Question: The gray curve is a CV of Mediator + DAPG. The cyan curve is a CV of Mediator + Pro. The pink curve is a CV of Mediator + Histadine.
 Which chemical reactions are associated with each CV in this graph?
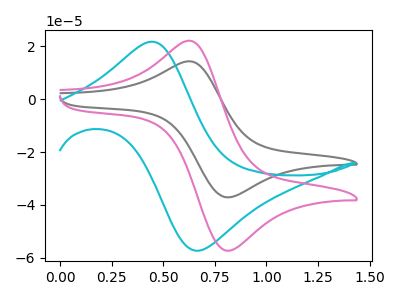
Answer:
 <answer>The gray curve is labeled "Mediator + DAPG". The cyan curve is labeled "Mediator + Pro". The pink curve is labeled "Mediator + Histadine".</answer>
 <eval></eval>